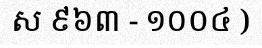
ស ៩៦៣ - ១០០៤ )